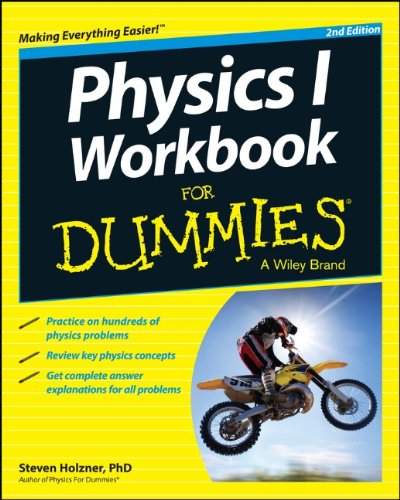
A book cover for Physics I Workbook For Dummies; Steven Holzner; Test Preparation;